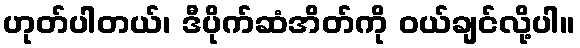
ဟုတ်ပါတယ်၊ ဒီပိုက်ဆံအိတ်ကို ဝယ်ချင်လို့ပါ။